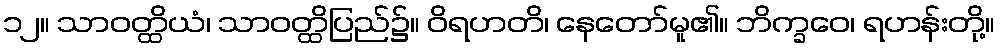
၁၂။ သာဝတ္ထိယံ၊ သာဝတ္ထိပြည်၌။ ဝိရဟတိ၊ နေတော်မူ၏။ ဘိက္ခဝေ၊ ရဟန်းတို့။